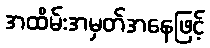
အထိမ်းအမှတ်အနေဖြင့်